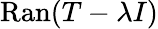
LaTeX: \mathrm{Ran}(T-\lambda I)